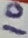
Text: 10